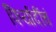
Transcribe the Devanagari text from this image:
फिर्यादींचं